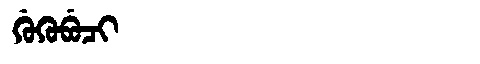
Manchu: ᡤᡠᡴᡠᠪᡠᠴᡳ
Romanization: GUKUBUCI